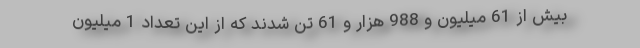
بیش از 61 میلیون و 988 هزار و 61 تن شدند که از این تعداد 1 میلیون